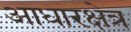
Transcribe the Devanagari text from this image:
आधारक्षेत्र